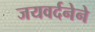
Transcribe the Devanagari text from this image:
जयवर्दनेने